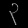
Digit: ၃